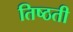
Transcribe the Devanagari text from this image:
तिष्ठती